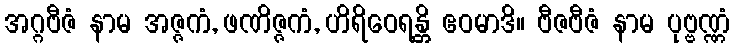
အဂ္ဂဗီဇံ နာမ အဇ္ဇကံ, ဖဏိဇ္ဇကံ, ဟိရိဝေရန္တိ ဧဝမာဒိ။ ဗီဇဗီဇံ နာမ ပုဗ္ဗဏ္ဏံ